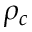
\rho _ { c }